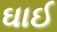
ઘાઈ